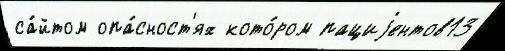
са́йтом опа́сност'ях кото́ром пациjентов13